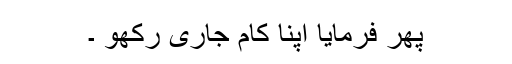
پھر فرمایا اپنا کام جاری رکھو ۔